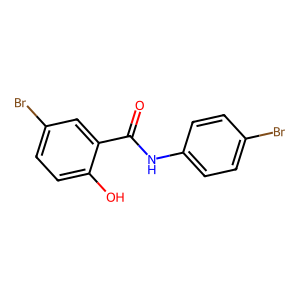
SMILES: O=C(Nc1ccc(Br)cc1)c1cc(Br)ccc1O
Inhibits HIV replication: No